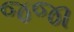
જજા